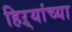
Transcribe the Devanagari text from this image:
हिऱ्यांच्या